Annual report of the Imperial Bacteriologist
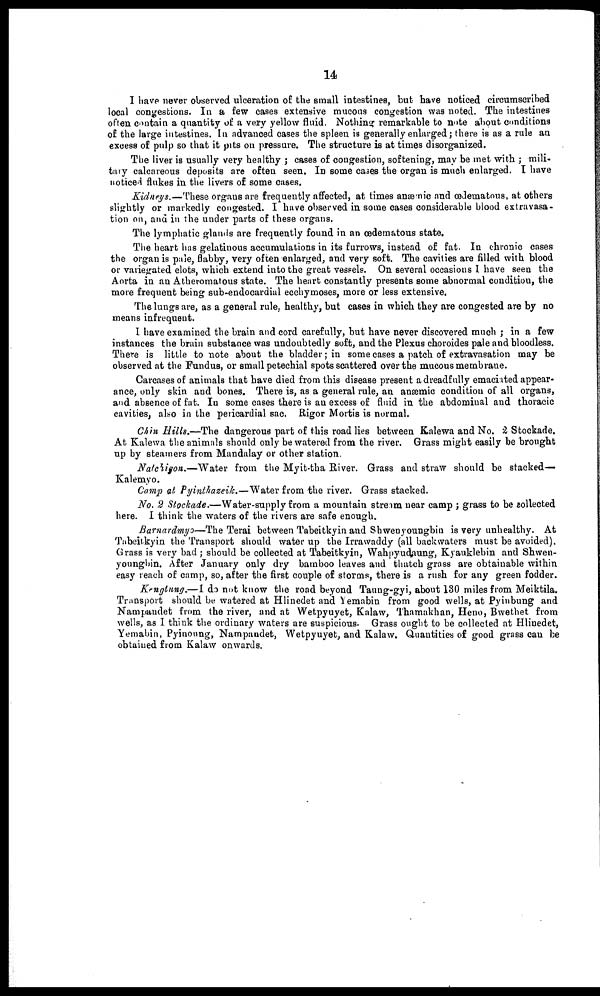
14
I have never observed ulceration of the small intestines, but have noticed circumscribed
local congestions. In a few cases extensive mucous congestion was noted. The intestines
often contain a quantity of a very yellow fluid. Nothing remarkable to note about conditions
of the large intestines. In advanced cases the spleen is generally enlarged; there is as a rule an
excess of pulp so that it pits on pressure. The structure is at times disorganized.
The liver is usually very healthy ; cases of congestion, softening, may be met with ; mili-
tary calcareous deposits are often seen. In some cases the organ is much enlarged. I have
noticed flukes in the livers of some cases.
Kidneys.—These organs are frequently affected, at times anæmic and œdematous, at others
slightly or markedly congested. I have observed in some cases considerable blood extravasa-
tion on, and in the under parts of these organs.
The lymphatic glands are frequently found in an œdematous state.
The heart has gelatinous accumulations in its furrows, instead of fat. In chronic cases
the organ is pale, flabby, very often enlarged, and very soft. The cavities are filled with blood
or variegated clots, which extend into the great vessels. On several occasions I have seen the
Aorta in an Atheromatous state. The heart constantly presents some abnormal condition, the
more frequent being sub-endocardial ecchymoses, more or less extensive.
The lungs are, as a general rule, healthy, but cases in which they are congested are by no
means infrequent.
I have examined the brain and cord carefully, but have never discovered much ; in a few
instances the brain substance was undoubtedly soft, and the Plexus choroides pale and bloodless.
There is little to note about the bladder; in some cases a patch of extravasation may be
observed at the Fundus, or small petechial spots scattered over the mucous membrane.
Carcases of animals that have died from this disease present a dreadfully emaciated appear-
ance, only skin and bones. There is, as a general rule, an anæmic condition of all organs,
and absence of fat. In some cases there is an excess of fluid in the abdominal and thoracic
cavities, also in the pericardial sac. Rigor Mortis is normal.
Chin Hills.—The dangerous part of this road lies between Kalewa and No. '2 Stockade.
At Kalewa the animals should only be watered from the river. Grass might easily be brought
up by steamers from Mandalay or other station.
Natchigon.—Water from the Myit-tha River. Grass and straw should be stacked—
Kalemyo.
Camp at Pyinthazeik.—Water from the river. Grass stacked.
No. 2 Stockade.—Water-supply from a mountain stream near camp ; grass to be collected
here. I think the waters of the rivers are safe enough.
Barnardmyo—The Terai between Tabeitkyin and Shwenyoungbin is very unhealthy. At
Tabeitkyin the Transport should water up the Irrawaddy (all backwaters must be avoided).
Grass is very bad ; should be collected at Tabeitkyin, Wahpyudaung, Kyauklebin and Shwen-
youngbin. After January only dry bamboo leaves and thatch grass are obtainable within
easy reach of camp, so, after the first couple of storms, there is a rush for any green fodder.
Kentung.—I do not know the road beyond Taung-gyi, about 130 miles from Meiktila.
Transport should be watered at Hlinedet and Yemabin from good wells, at Pyinbung and
Nampandet from the river, and at Wetpyuyet, Kalaw, Thamakhan, Heno, Bwethet from
wells, as I think the ordinary waters are suspicious. Grass ought to be collected at Hlinedet,
Yemabin, Pyinoung, Nampandet, Wetpyuyet, and Kalaw. Quantities of good grass can be
obtained from Kalaw onwards.